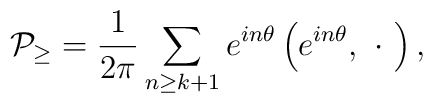
{\cal P}_{\geq}=\frac 1{2\pi }\sum_{n\geq k+1}e^{in\theta }\left(e^{in\theta},\ \cdot \ \right),